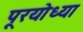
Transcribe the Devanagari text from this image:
पूरयोध्या